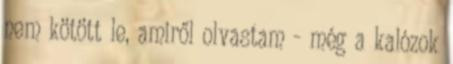
nem kötött le, amiről olvastam - még a kalózok